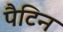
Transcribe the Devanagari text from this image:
पैटिन